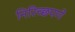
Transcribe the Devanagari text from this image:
निरिच्छपणे